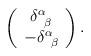
LaTeX: \begin{align*}\left( \begin{array}{c}\delta _{\;\;\beta }^\alpha \\-\delta _{\;\;\beta }^\alpha\end{array}\right) .\end{align*}